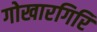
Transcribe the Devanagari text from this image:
गोखारगिरि